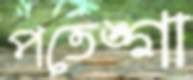
পতেঙ্গা